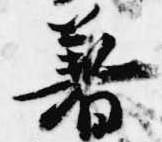
著